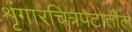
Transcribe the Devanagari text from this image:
शृंगारचित्रपटातील